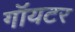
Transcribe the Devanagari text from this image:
गॉयटर